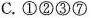
C.①②③⑦